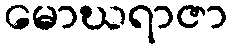
မောဃရာဇာ